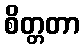
စိတ္တတာ